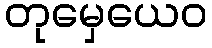
တုမှေယေဝ